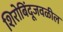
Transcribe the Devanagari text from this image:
शिरोबिंदूजवळील